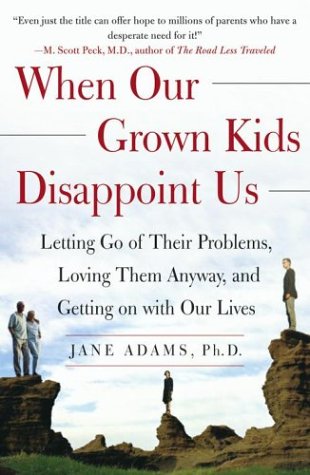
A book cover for When Our Grown Kids Disappoint Us: Letting Go of Their Problems, Loving Them Anyway, and Getting on with Our Lives; Jane Adams; Parenting & Relationships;